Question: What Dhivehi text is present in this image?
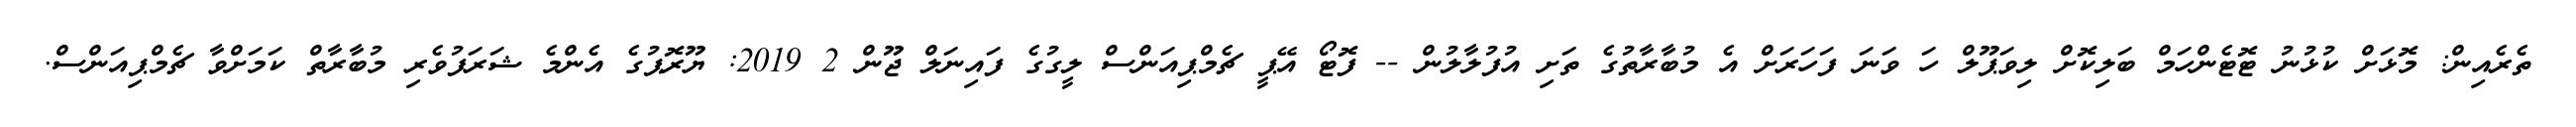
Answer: ތެރެއިން: މޮޅަށް ކުޅުނު ޓޮޓެންހަމް ބަލިކޮށް ލިވަޕޫލް ހަ ވަނަ ފަހަރަށް އެ މުބާރާތުގެ ތަށި އުފުލާލުން -- ފޮޓޯ އޭޕީ ޗެމްޕިއަންސް ލީގުގެ ފައިނަލް ޖޫން 2 2019: ޔޫރޮޕުގެ އެންމެ ޝަރަފުވެރި މުބާރާތް ކަމަށްވާ ޗެމްޕިއަންސް.